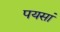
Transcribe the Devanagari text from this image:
पयसां